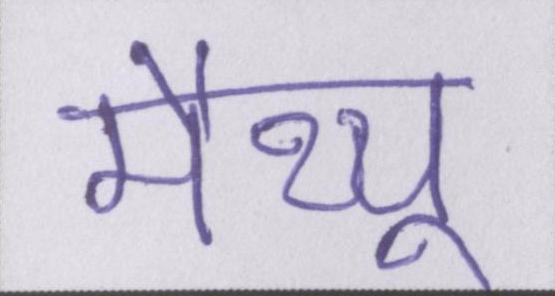
मैथ्यू